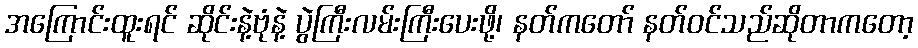
အကြောင်းထူးရင် ဆိုင်းနဲ့ဗုံနဲ့ ပွဲကြီးလမ်းကြီးပေးဖို့၊ နတ်ကတော် နတ်ဝင်သည်ဆိုတာကတော့